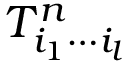
T _ { i _ { 1 } \cdots i _ { l } } ^ { n }